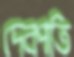
দেবপতি